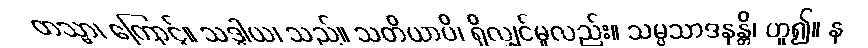
တသ္မာ၊ ကြောင့်။ သဒ္ဓါယ၊ သည်။ သတိယာပိ၊ ရှိလျှင်မူလည်း။ သမ္ပသာဒနန္တိ၊ ဟူ၍။ န